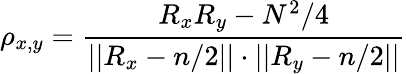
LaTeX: \rho_{x,y}=\frac{R_{x}R_{y}-N^{2}/4}{||R_{x}-n/2||\cdot||R_{y}-n/2||}